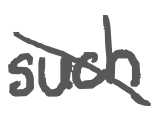
Text: such
Cross-out: diagonal
Writing tool: digital_gray